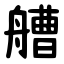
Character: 艚